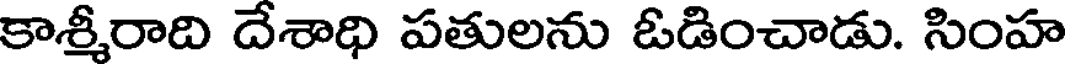
కాశ్మీరాది దేశాధి పతులను ఓడించాడు. సింహ